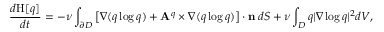
\frac { d \mathrm { H } [ q ] } { d t } = - \nu \int _ { \partial D } \left[ { \nabla ( q \log q ) + \mathbf { A } ^ { q } \times \nabla ( q \log q ) } \right] \cdot \mathbf { n } \, d S + \nu \int _ { D } q | \nabla \log q | ^ { 2 } d V ,